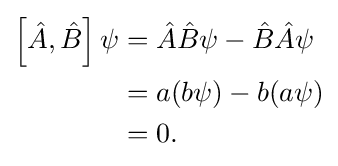
{\begin{aligned}\left[{\hat {A}},{\hat {B}}\right]\psi &={\hat {A}}{\hat {B}}\psi -{\hat {B}}{\hat {A}}\psi \\&=a(b\psi )-b(a\psi )\\&=0.\\\end{aligned}}